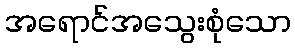
အရောင်အသွေးစုံသော